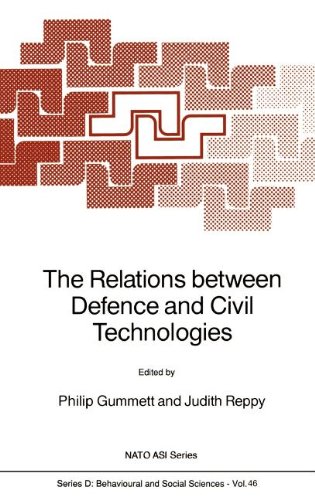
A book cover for The Relations between Defence and Civil Technologies (Nato Science Series D:); Business & Money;